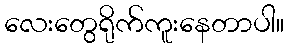
လေးတွေရိုက်ကူးနေတာပါ။